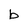
Character: b